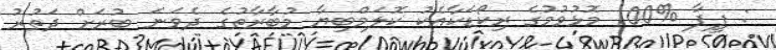
: ފީފާ %100 މޮޅުވުމުގެ ރިކޯޑަކާއެކު ކޮލަމްބިޔާ މުބާރާތުގެ ދެވަނަ ބުރަށް ދަތުރު